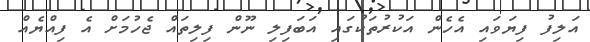
އަލިފު ފިޔަވައި އެހެން އަކުރުތަކުގައި އަބަފިލި ނޫން ފިލިތައް ޖެހުމަށް އެ ފިއްޔެއް